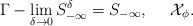
\begin{align*}\Gamma-\lim_{\delta \to 0}S^\delta_{-\infty}=S_{-\infty},\ \ \ \ \mathcal{X}_\phi.\end{align*}